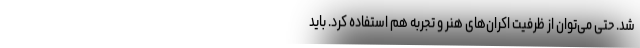
شد. حتی می‌توان از ظرفیت اکران‌های هنر و تجربه هم استفاده کرد. باید